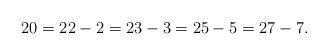
LaTeX: \begin{align*} 20 = 22 - 2 = 23 - 3 = 25 - 5 = 27 - 7.\end{align*}